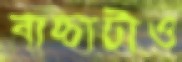
বাচ্চাটাও